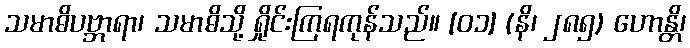
သမာဓိပဗ္ဘာရာ၊ သမာဓိသို့ ရှိုင်းကြရကုန်သည်။ [၀၁] (နိ၊ ၂၈၅) ဟောန္တိ၊